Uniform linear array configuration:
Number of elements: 16
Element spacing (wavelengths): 0.25
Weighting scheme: cosine
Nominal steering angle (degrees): -45
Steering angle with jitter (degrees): -43.138
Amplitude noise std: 0.05
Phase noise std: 0.05

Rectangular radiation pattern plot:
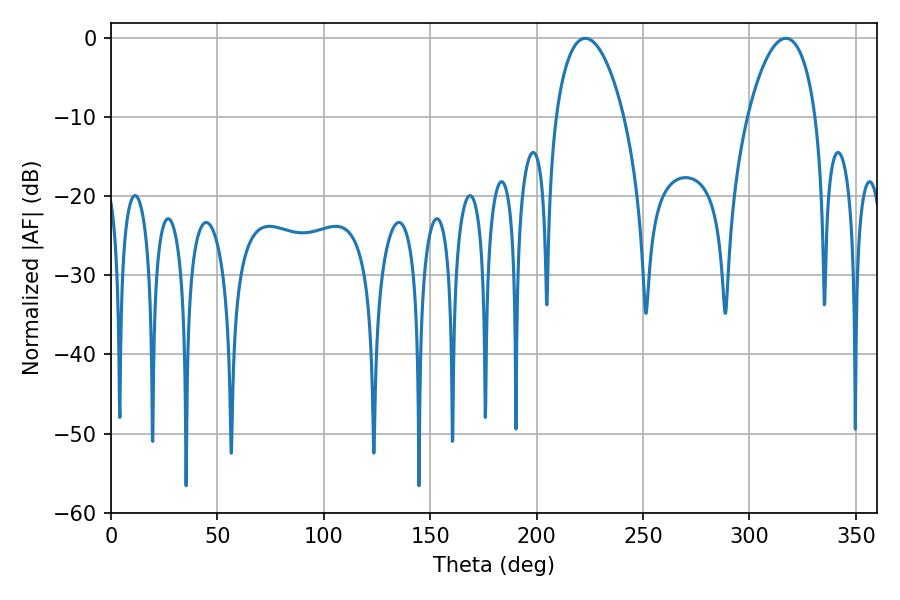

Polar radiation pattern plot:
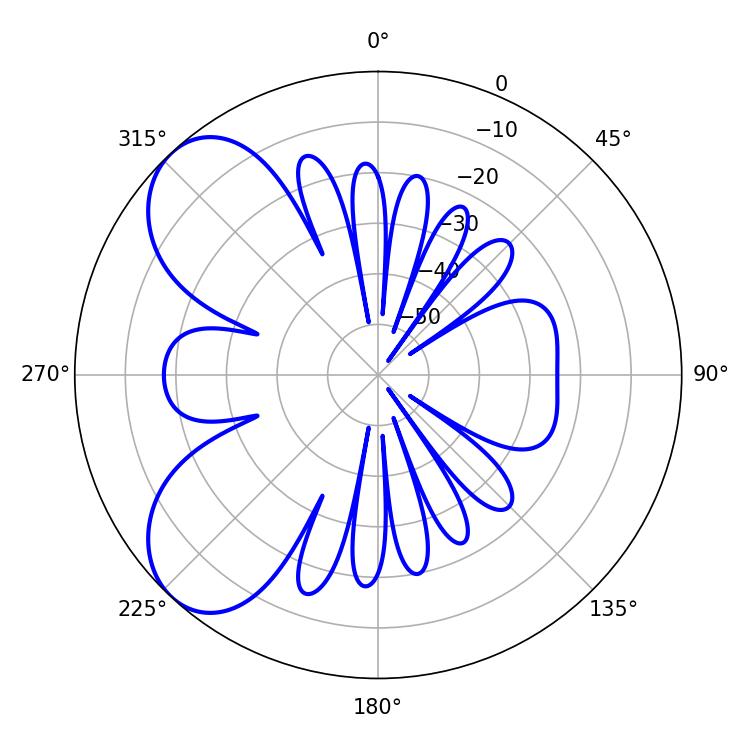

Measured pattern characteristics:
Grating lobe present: FALSE
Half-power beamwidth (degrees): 18.18
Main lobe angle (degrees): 222.84